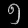
Digit: ၅